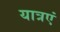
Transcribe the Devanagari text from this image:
यात्रएं